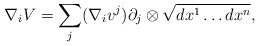
\begin{align*} \nabla_i V = \sum_j (\nabla_i v^j) \partial_j \otimes \sqrt{dx^1 \ldots dx^n},\end{align*}